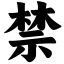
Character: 禁